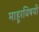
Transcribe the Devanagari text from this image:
माहूरविषयी